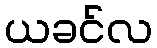
ယခင်လ